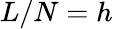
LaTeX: L/N=h